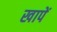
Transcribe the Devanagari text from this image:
खापें